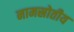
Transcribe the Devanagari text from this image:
नामस्रोतीय